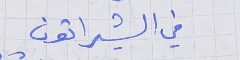
في الشيراتون